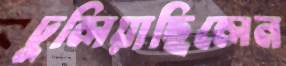
ঢুলিয়াছিলেন